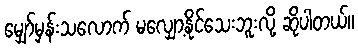
မျှော်မှန်းသလောက် မလျှော့နိုင်သေးဘူးလို့ ဆိုပါတယ်။